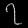
Digit: ၇